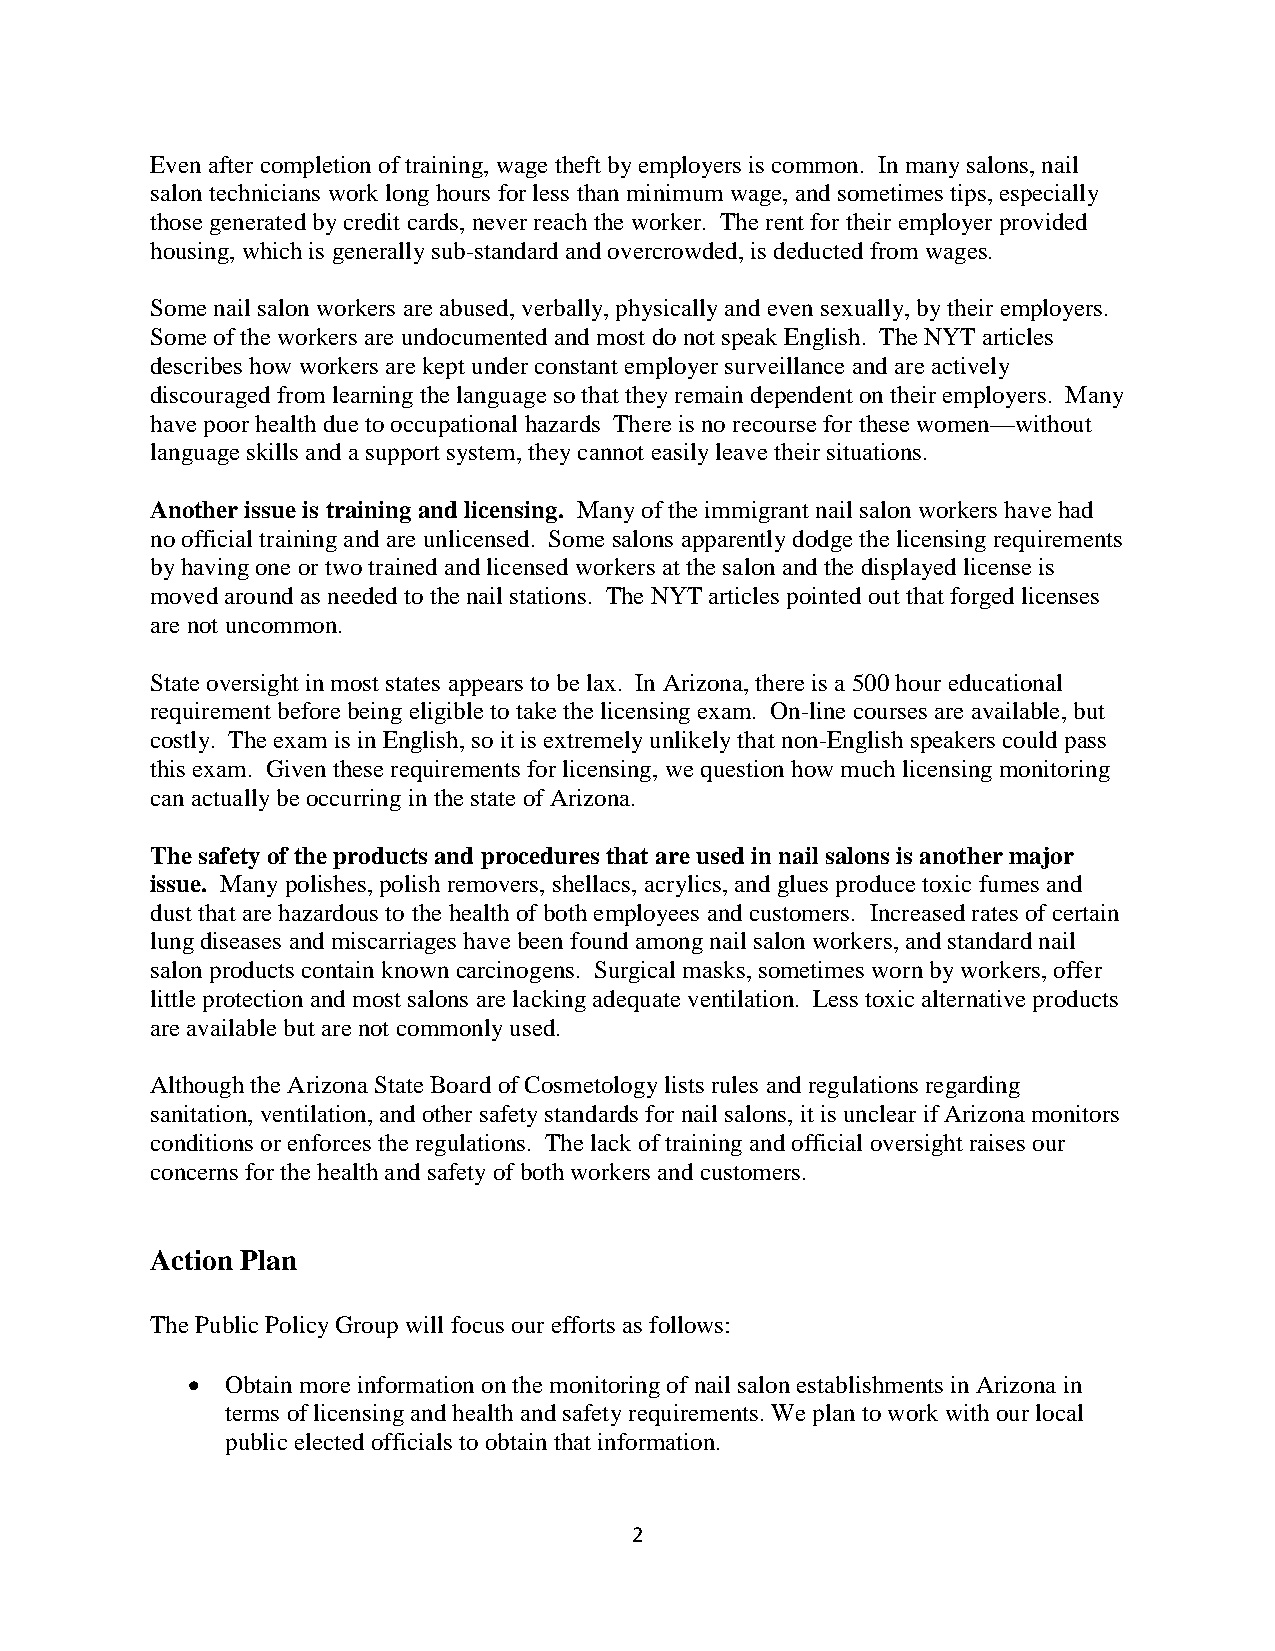
Even after completion of training, wage theft by employers is common. In many salons, nail
 salon technicians work long hours for less than minimum wage, and sometimes tips, especially
 those generated by credit cards, never reach the worker. The rent for their employer provided
 housing, which is generally sub-standard and overcrowded, is deducted from wages.
 Some nail salon workers are abused, verbally, physically and even sexually, by their employers.
 Some of the workers are undocumented and most do not speak English. The NYT articles
 describes how workers are kept under constant employer surveillance and are actively
 discouraged from learning the language so that they remain dependent on their employers. Many
 have poor health due to occupational hazards There is no recourse for these women—without
 language skills and a support system, they cannot easily leave their situations.
 Another issue is training and licensing. Many of the immigrant nail salon workers have had
 no official training and are unlicensed. Some salons apparently dodge the licensing requirements
 by having one or two trained and licensed workers at the salon and the displayed license is
 moved around as needed to the nail stations. The NYT articles pointed out that forged licenses
 are not uncommon.
 State oversight in most states appears to be lax. In Arizona, there is a 500 hour educational
 requirement before being eligible to take the licensing exam. On-line courses are available, but
 costly. The exam is in English, so it is extremely unlikely that non-English speakers could pass
 this exam. Given these requirements for licensing, we question how much licensing monitoring
 can actually be occurring in the state of Arizona.
 The safety of the products and procedures that are used in nail salons is another major
 issue. Many polishes, polish removers, shellacs, acrylics, and glues produce toxic fumes and
 dust that are hazardous to the health of both employees and customers. Increased rates of certain
 lung diseases and miscarriages have been found among nail salon workers, and standard nail
 salon products contain known carcinogens. Surgical masks, sometimes worn by workers, offer
 little protection and most salons are lacking adequate ventilation. Less toxic alternative products
 are available but are not commonly used.
 Although the Arizona State Board of Cosmetology lists rules and regulations regarding
 sanitation, ventilation, and other safety standards for nail salons, it is unclear if Arizona monitors
 conditions or enforces the regulations. The lack of training and official oversight raises our
 concerns for the health and safety of both workers and customers.
 Action Plan
 The Public Policy Group will focus our efforts as follows:
   Obtain more information on the monitoring of nail salon establishments in Arizona in
 terms of licensing and health and safety requirements. We plan to work with our local
 public elected officials to obtain that information.
 2